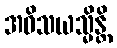
အဝိသယသ္မိန္တိ